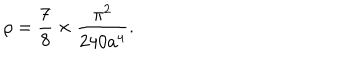
\rho = \frac { 7 } { 8 } \times \frac { \pi ^ { 2 } } { 2 4 0 a ^ { 4 } } .